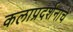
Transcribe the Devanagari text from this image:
कलाप्रदर्शनाचे